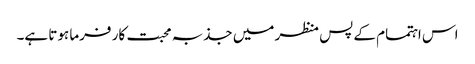
اس اہتمام کے پس منظر میں جذبہ محبت کار فرما ہوتا ہے۔